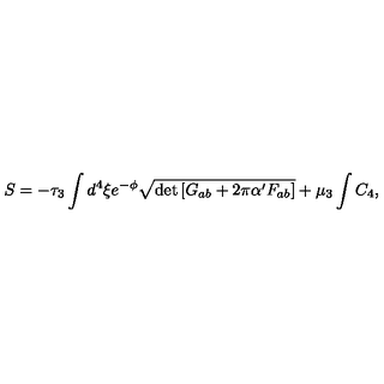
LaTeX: S = - \tau _ { 3 } \int d ^ { 4 } \xi e ^ { - \phi } \sqrt { \det \left[ G _ { a b } + 2 \pi \alpha ^ { \prime } F _ { a b } \right] } + \mu _ { 3 } \int C _ { 4 } ,